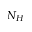
N _ { H }